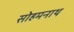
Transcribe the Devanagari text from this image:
सोहमनाथ